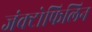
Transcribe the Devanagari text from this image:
जंक्टोफिलिन